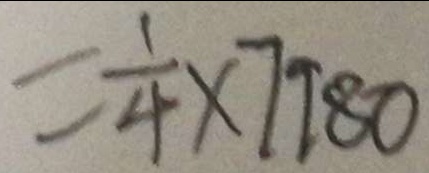
- \frac { 1 } { 4 } \times 7 9 8 0